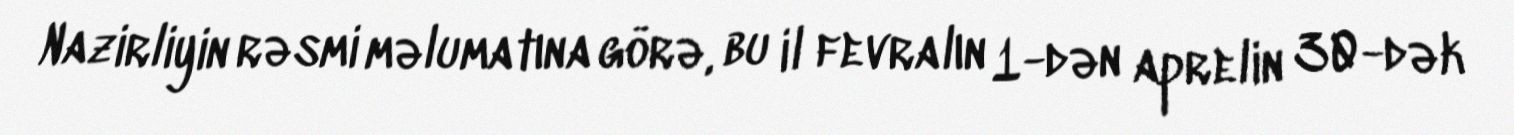
Nazirliyin rəsmi məlumatına görə, bu il fevralın 1-dən aprelin 30-dək